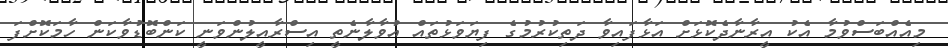
މިއެއްބަސްވުމާ އެކު އީރާނާދެކޮޅަށް އަޅާފައިވާ ދަތިކުރުމުގެ ފިޔަވަޅުތައް އުވާލާނެތީ އިސްރާއީލުންވަނީ ކަންބޮޑުވާކަން ހާމަކޮށްފަ